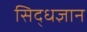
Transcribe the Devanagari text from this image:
सिद्धज्ञान